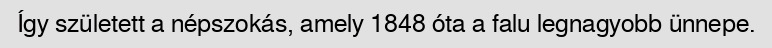
Így született a népszokás, amely 1848 óta a falu legnagyobb ünnepe.